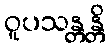
ဝူပသန္တန္တိ